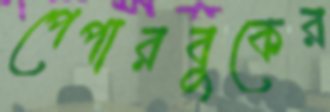
পেপারবুকের